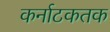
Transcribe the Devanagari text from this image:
कर्नाटकतक